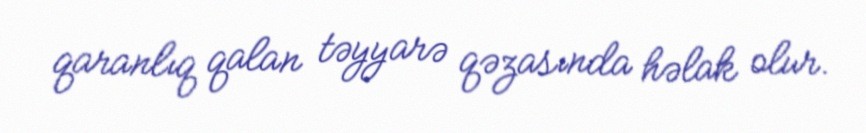
qaranlıq qalan təyyarə qəzasında həlak olur.